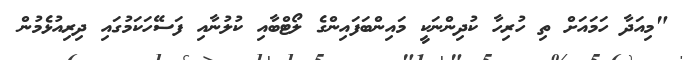
"މިއަދާ ހަމައަށް ތި ހުރިހާ ކުދިންނަކީ މައިންބަފައިންގެ ލޯޓްބާއި ކުލުނާއި ފަސޭހަކަމުގައި ދިރިއުޅެމުން